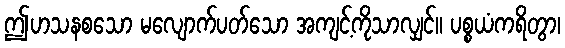
ဤဟသနစသော မလျောက်ပတ်သော အကျင့်ကိုသာလျှင်။ ပစ္စယံကရိတွာ၊